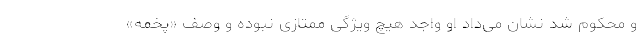
و محکوم شد نشان می‌داد او واجد هیچ ویژگی ممتازی نبوده و وصف «پخمه»